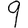
Digit: 9